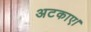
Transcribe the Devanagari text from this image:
अटकाए।